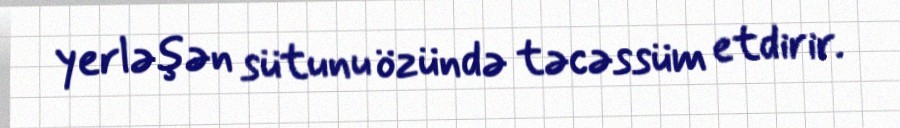
yerləşən sütunu özündə təcəssüm etdirir.